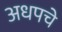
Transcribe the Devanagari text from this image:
अधपचे